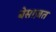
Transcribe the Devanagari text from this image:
बेसाज़त